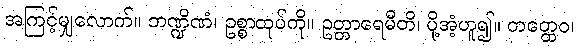
အကြင့်မျှလောက်။ ဘဏ္ဍိဏံ၊ ဥစ္စာထုပ်ကို။ ဥတ္တာရေမီတိ၊ ပို့အံ့ဟူ၍။ တတ္ထေဝ၊